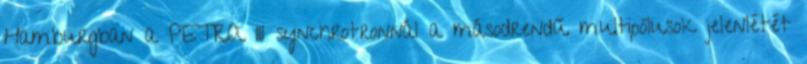
Hamburgban a PETRA III synchrotronnál a másodrendű multipólusok jelenlétét